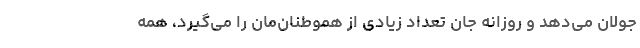
جولان می‌دهد و روزانه جان تعداد زیادی از هموطنان‌مان را می‌گیرد، همه